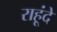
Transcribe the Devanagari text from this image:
राहूंदे